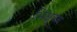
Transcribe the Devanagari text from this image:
भिक्षुत्रय